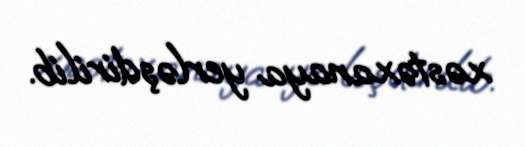
xəstəxanaya yerləşdirilib.